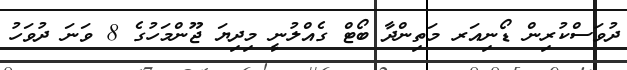
ދުވަސްކުރިން ޑޯނިއަރ މަތިންދާ ބޯޓް ގެއްލުނީ މިދިޔަ ޖޫންމަހުގެ 8 ވަނަ ދުވަހު